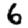
Digit: 6